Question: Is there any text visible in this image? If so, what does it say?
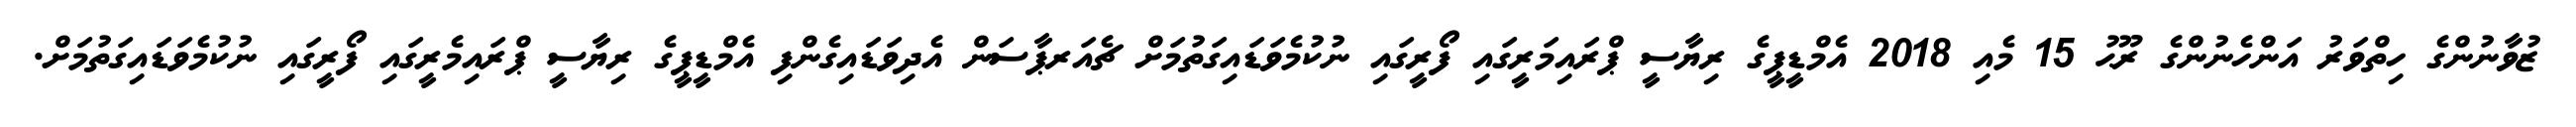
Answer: ޒުވާނުންގެ ހިތްވަރު އަންހެނުންގެ ރޫޙު 15 މެއި 2018 އެމްޑީޕީގެ ރިޔާސީ ޕްރައިމަރީގައި ފޯރީގައި ނުކުމެވަޑައިގަތުމަށް ޗެއަރޕާސަން އެދިވަޑައިގެންފި އެމްޑީޕީގެ ރިޔާސީ ޕްރައިމެރީގައި ފޯރީގައި ނުކުމެވަޑައިގަތުމަށް.